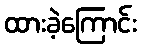
ထားခဲ့ကြောင်း